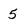
Character: 5